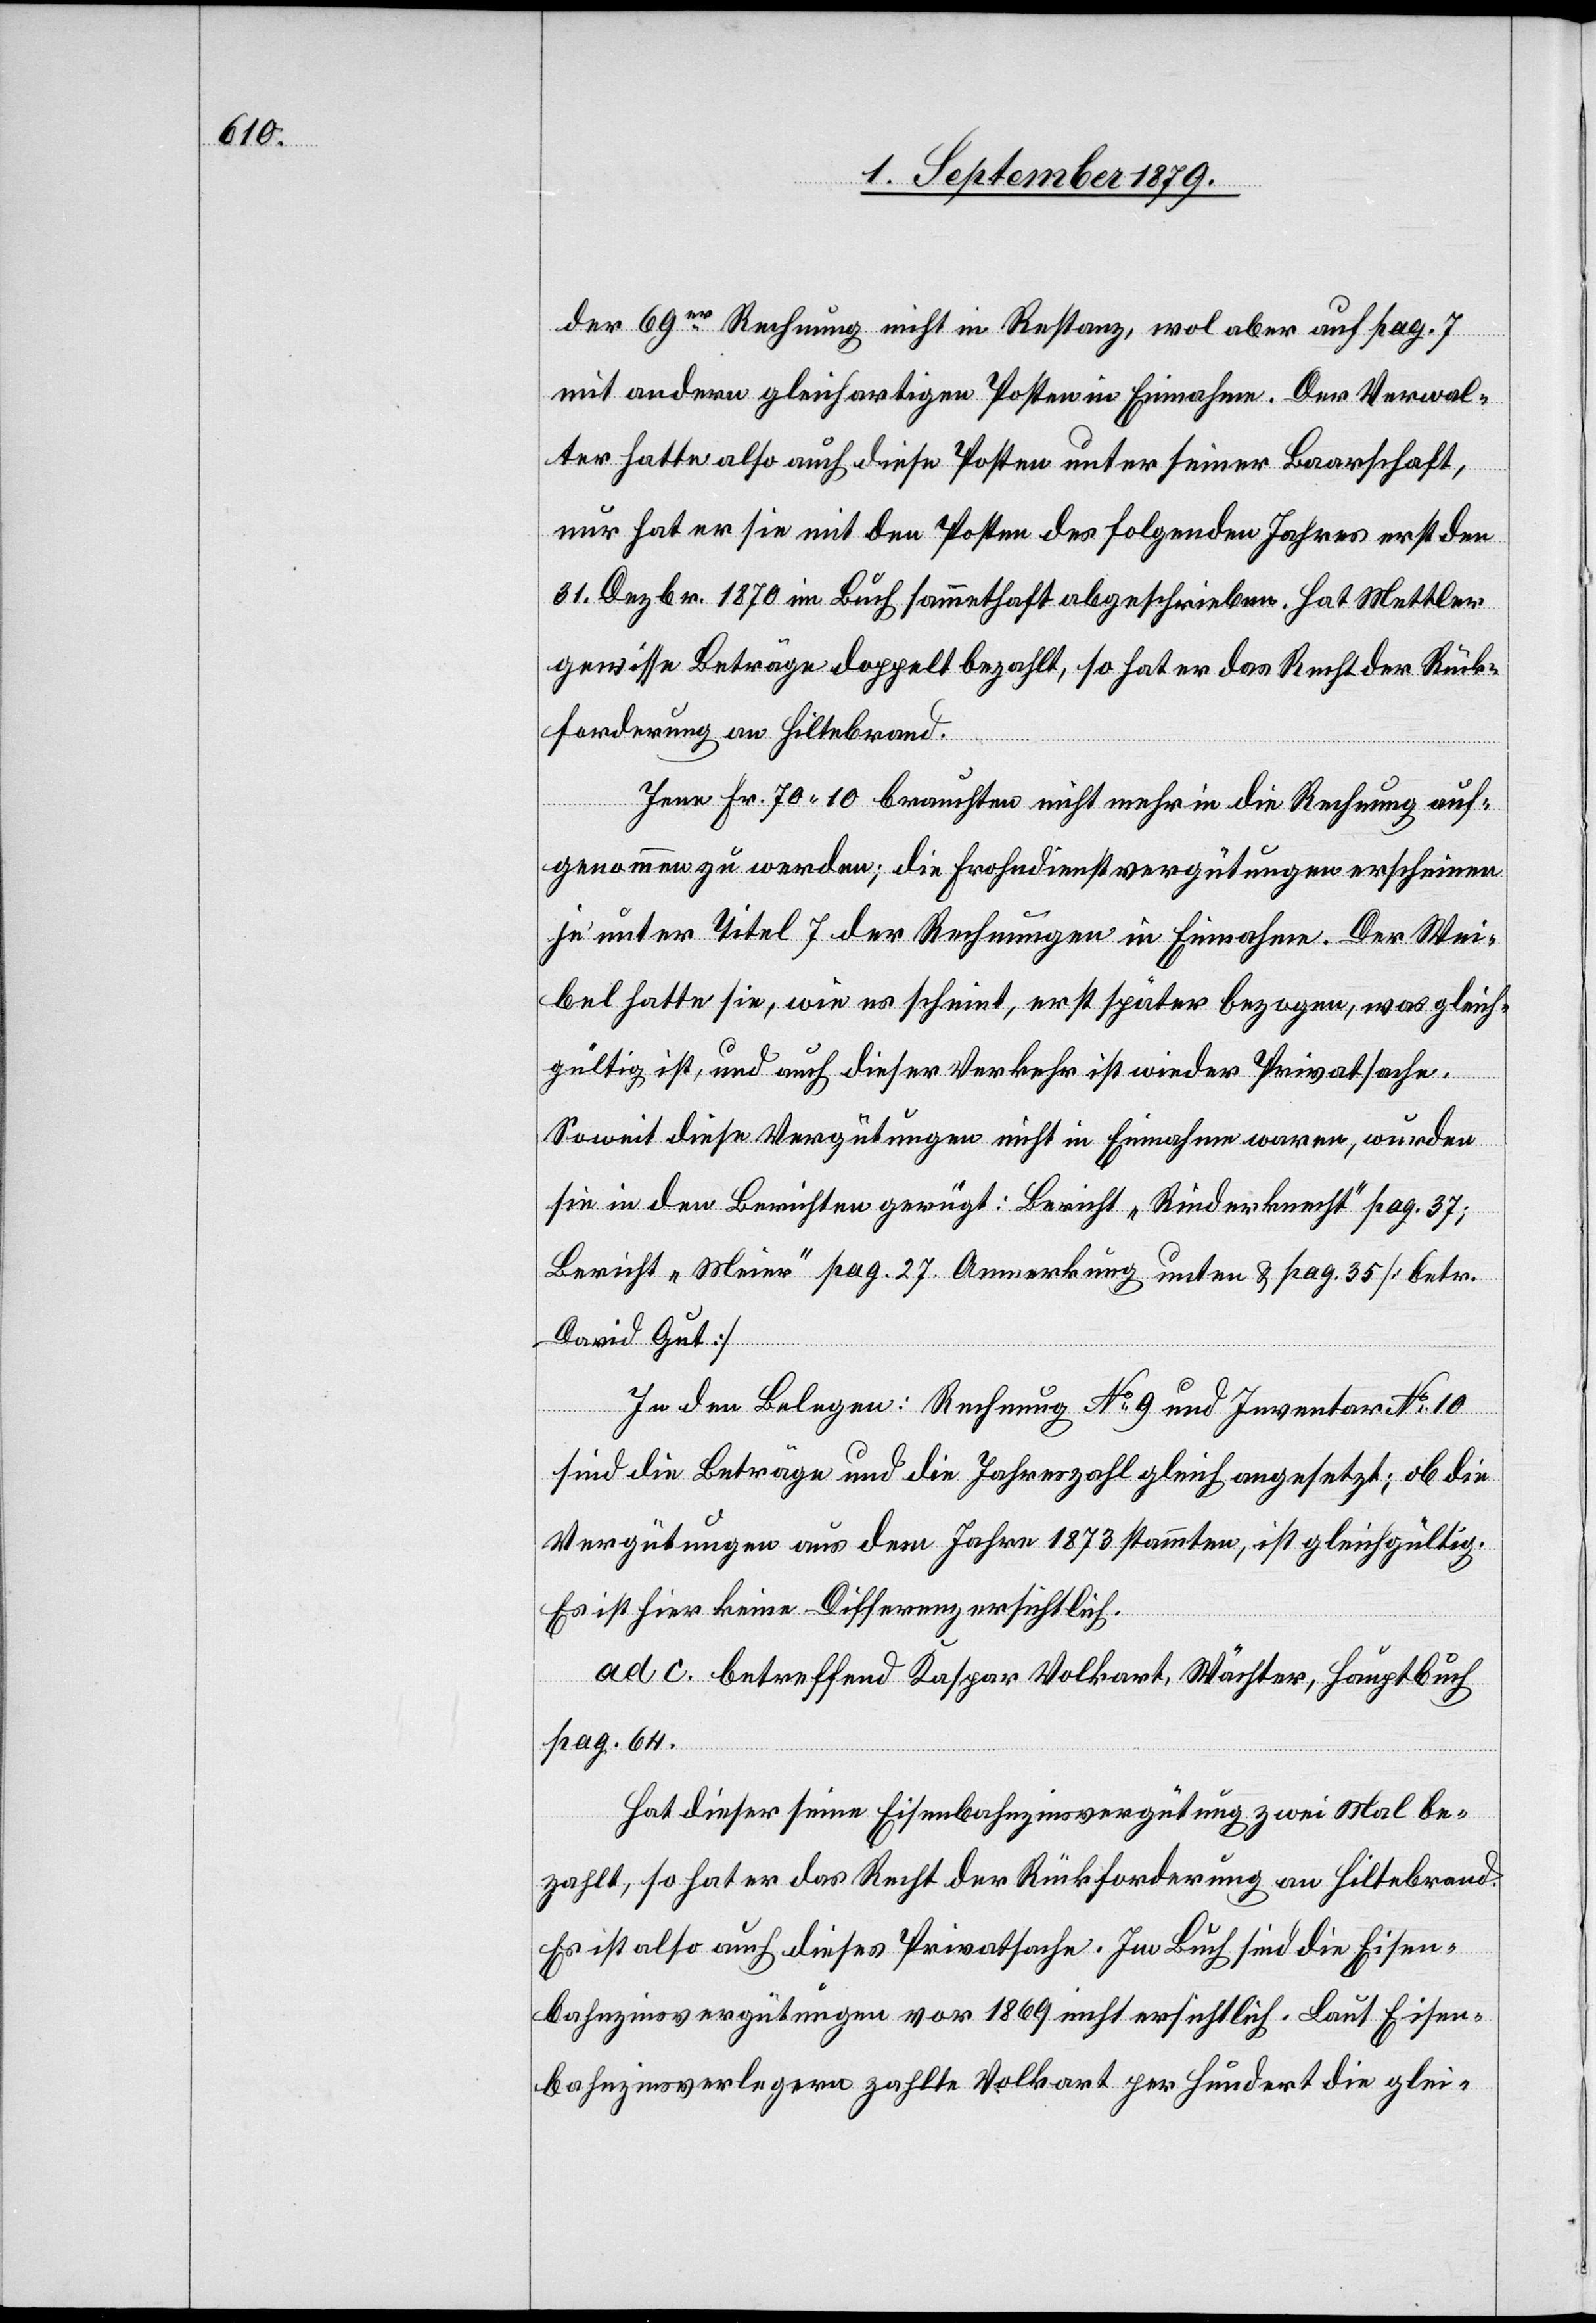
der 69er Rechnung nicht in Restanz, wol aber auf pag. 7
mit andern gleichartigen Posten in Einnahme. Der Verwal¬
ter hatte also auch diese Posten unter seiner Baarschaft,
nur hat er sie mit den Posten des folgenden Jahres erst den
31. Dezbr. 1870 im Buch sammethaft abgeschrieben. Hat Mettler
gewisse Beträge doppelt bezahlt, so hat er das Recht der Rück¬
forderung an Hiltebrand.
Jene Fr. 70 10 brauchten nicht mehr in die Rechnung auf¬
genommen zu werden; die Frohndienstvergütungen erscheinen
je unter Titel 7 der Rechnungen in Einnahme. Der Wei¬
bel hatte sie, wie es scheint, erst später bezogen, was gleich¬
gültig ist, und auch dieser Verkehr ist wieder Privatsache.
Soweit diese Vergütungen nicht in Einnahme waren, wurde
sie in den Berichten gerügt: Bericht „Rinderknecht“ pag. 37;
Bericht „Meier“ pag. 27 Anmerkung unter & pag. 35 [betr.
David Gut]
In den Belegen: Rechnung No 9 und Inventar No 10
sind die Beträge und die Jahreszahl gleich angesetzt; ob die
Vergütungen aus dem Jahre 1873 stammten, ist gleichgültig.
Es ist hier keine Differenz ersichtlich.
ad. c. betreffend Kaspar Volkart, Wächter, Hauptbuch
pag. 64.
Hat dieser seine Eisenbahnzinsvergütung zwei Mal be¬
zahlt, so hat er das Recht der Rückforderung an Hiltebrand.
Es ist also auch dieses Privatsache. Im Buch sind die Eisen¬
bahnzinsvergütungen vor 1869 nicht ersichtlich. Laut Eisen¬
bahnzinsverlegern zahlte Volkart per Hundert die glei-